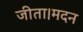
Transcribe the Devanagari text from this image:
जीता।मदन